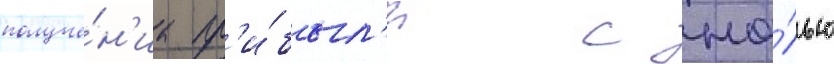
получе́н'иа пр'и́был'и с це́лью